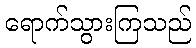
ရောက်သွားကြသည်